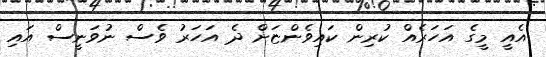
އެއީ މީގެ އަހަރެއް ކުރިން ކައިވެންޏަށް ދެ އަހަރު ވެސް ނުވަނީސް އައި